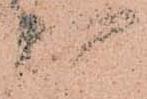
可